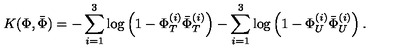
K ( \Phi , { \bar { \Phi } } ) = - \sum _ { i = 1 } ^ { 3 } \log \left( 1 - \Phi _ { T } ^ { ( i ) } { \bar { \Phi } } _ { T } ^ { ( i ) } \right) - \sum _ { i = 1 } ^ { 3 } \log \left( 1 - \Phi _ { U } ^ { ( i ) } { \bar { \Phi } } _ { U } ^ { ( i ) } \right) .